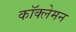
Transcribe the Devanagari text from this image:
कॉक्लेमन